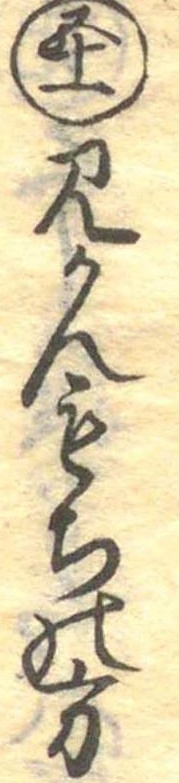
五十一みかんもちの方